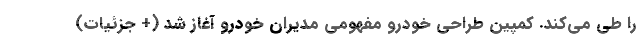
را طی می‌کند. کمپین طراحی خودرو مفهومی مدیران خودرو آغاز شد (+ جزئیات)